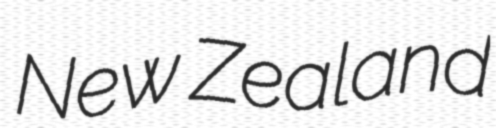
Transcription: New Zealand